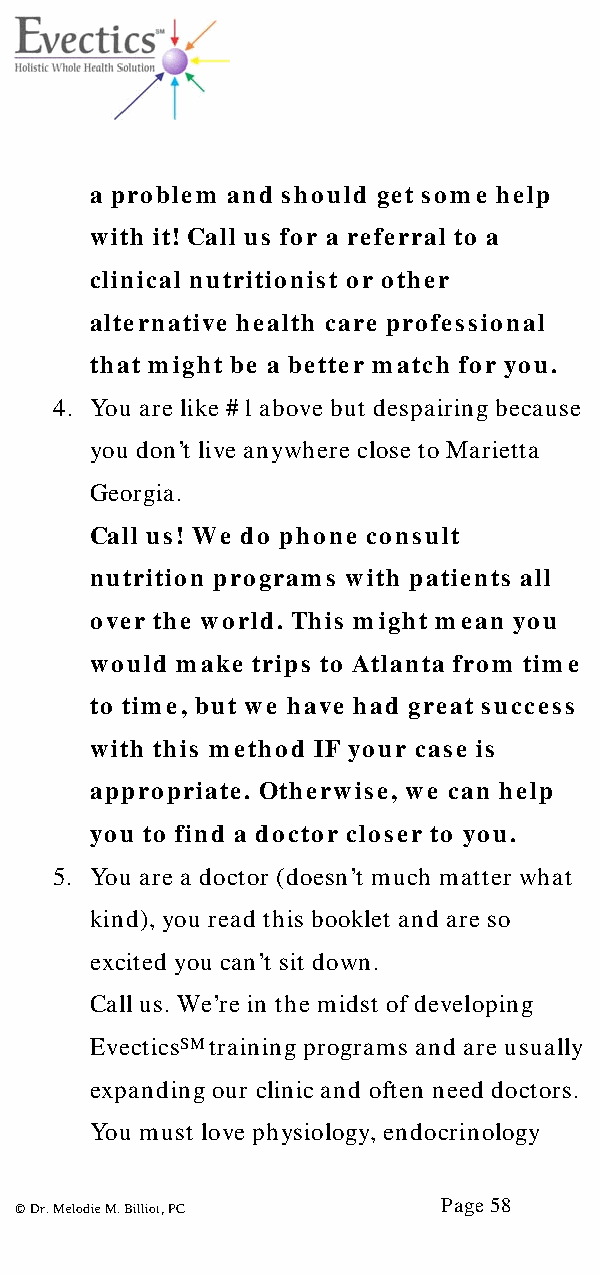
a problem and should get some help
 with it! Call us for a referral to a
 clinical nutritionist or other
 alternative health care professional
 that might be a better match for you.
 4. You are like #1 above but despairing because
 you don’t live anywhere close to Marietta
 Georgia.
 Call us! We do phone consult
 nutrition programs with patients all
 over the world. This might mean you
 would make trips to Atlanta from time
 to time, but we have had great success
 with this method IF your case is
 appropriate. Otherwise, we can help
 you to find a doctor closer to you.
 5. You are a doctor (doesn’t much matter what
 kind), you read this booklet and are so
 excited you can’t sit down.
 Call us. We’re in the midst of developing
 EvecticsSM training programs and are usually
 expanding our clinic and often need doctors.
 You must love physiology, endocrinology
 Page 58
 © Dr. Melodie M. Billiot, PC